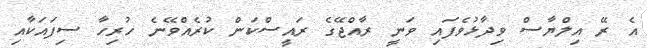
އެ ރޭ އިލްޔާސް ވިދާޅުވެފައި ވަނީ ރާއްޖޭގެ ރައީސްކަން ކުރެއްވޭނެ ހުރިހާ ސިފައަކާއި